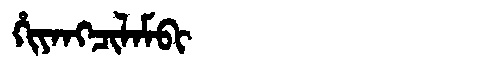
Manchu: ᡥᡳᠶᠠᠩᠴᡳᠯᠠᠮᠪᡳ
Romanization: HIYANGCILAMBI